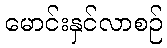
မောင်းနှင်လာစဉ်